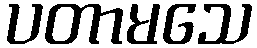
ပတာမသေ